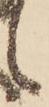
候